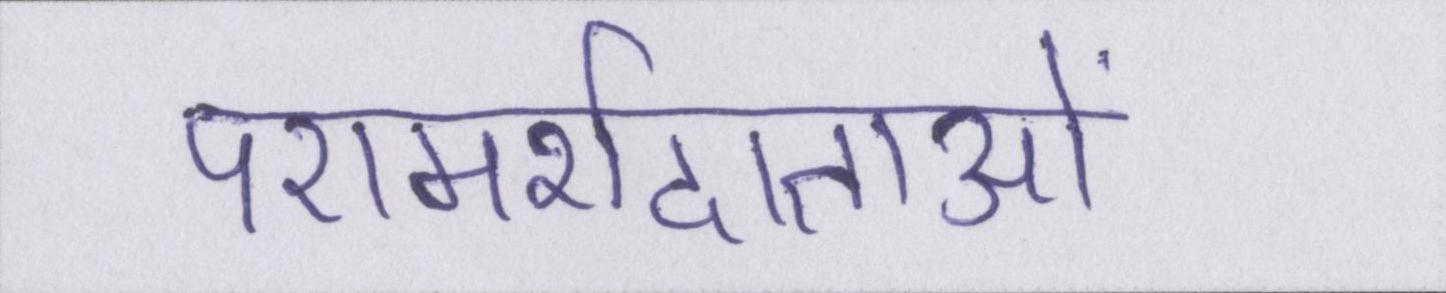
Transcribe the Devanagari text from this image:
परामर्शदाताओं